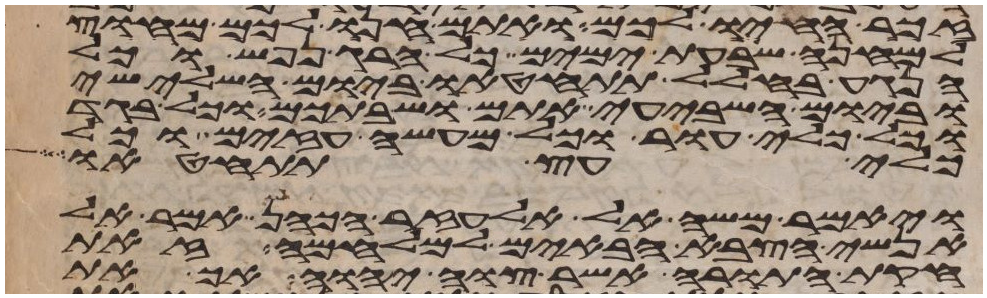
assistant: זכר חיו לכם ואתם חנו לכם מחוץ
למחנה שבעת ימים כל הרג נפש וכל
הנגע בחלל תתחטאו ביום השלישי
וביום השביעי אתם ושביתכם וכל בגד
וכל כלי עור וכל מעשה עזים וכל
כלי עץ תתחטאו
ויאמר משה אל אלעזר הכהן אמר אל
אנשי הצבא הבאים למלחמה זאת
חקת התורה אשר צוה יהוה אך את